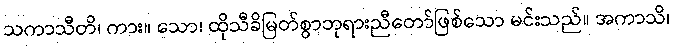
သကာသီတိ၊ ကား။ သော၊ ထိုသီခိမြတ်စွာဘုရားညီတော်ဖြစ်သော မင်းသည်။ အကာသိ၊